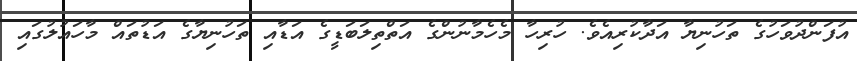
އުފަންދުވަހުގެ ތަހުނިޔާ އަދާކުރިއެވެ. ހުރިހާ މެހެމާނުންގެ އަތްތިލަބަޑީގެ އަޑާއި ތަހުނިޔާގެ އަޑުތައް މާހައުލުގައި